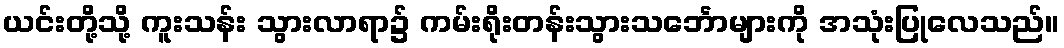
ယင်းတို့သို့ ကူးသန်း သွားလာရာ၌ ကမ်းရိုးတန်းသွားသင်္ဘောများကို အသုံးပြုလေသည်။